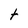
Character: t